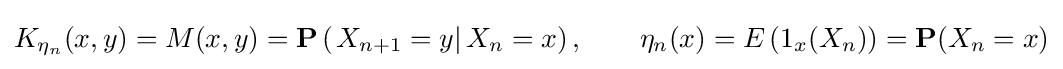
K_{\eta _{n}}(x,y)=M(x,y)=\mathbf {P} \left(\left.X_{n+1}=y\right|X_{n}=x\right),\qquad \eta _{n}(x)=E\left(1_{x}(X_{n})\right)=\mathbf {P} (X_{n}=x)